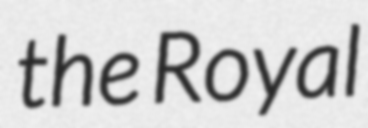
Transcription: the Royal